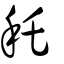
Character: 秅